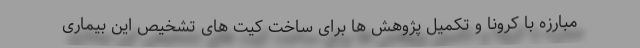
مبارزه با کرونا و تکمیل پژوهش ها برای ساخت کیت های تشخیص این بیماری